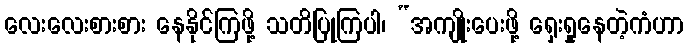
လေးလေးစားစား နေနိုင်ကြဖို့ သတိပြုကြပါ၊ “အကျိုးပေးဖို့ ရှေးရှုနေတဲ့ကံဟာ